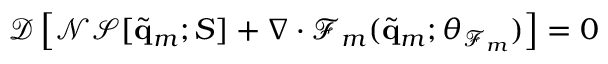
\mathcal { D } \left[ \mathcal { N S } [ \widetilde { \mathbf { q } } _ { m } ; S ] + \nabla \cdot \mathcal { F } _ { m } ( \widetilde { \mathbf { q } } _ { m } ; \boldsymbol { \theta } _ { \mathcal { F } _ { m } } ) \right] = 0